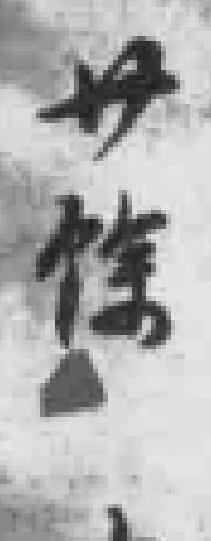
卄餘